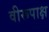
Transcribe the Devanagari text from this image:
वीरूपाक्ष